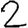
Digit: 2